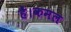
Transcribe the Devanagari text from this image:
हैं।कमल